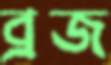
ব্রজ